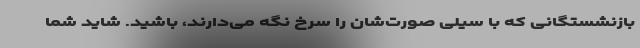
بازنشستگانی که با سیلی صورت‌شان را سرخ نگه می‌دارند، باشید. شاید شما